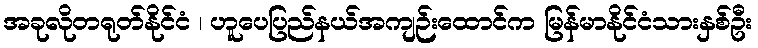
အခုလိုတရုတ်နိုင်ငံ ၊ ဟူပေပြည်နယ်အကျဉ်းထောင်က မြန်မာနိုင်ငံသားနှစ်ဦး